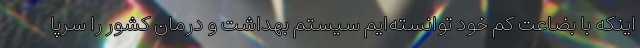
اینکه با بضاعت کم خود توانسته‌ایم سیستم بهداشت و درمان کشور را سرپا